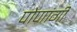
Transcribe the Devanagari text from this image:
पोणांगी